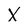
Character: X